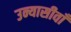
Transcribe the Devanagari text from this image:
उन्यासीवाँ